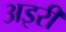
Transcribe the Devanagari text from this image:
अइरी